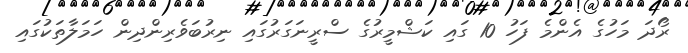
ރޯދަ މަހުގެ އެންމެ ފަހު 10 ގައި ކަޝްމީރުގެ ސްރީނަގަރުގައި ނިރުބަވެރިންދިން ހަމަލާތަކުގައި